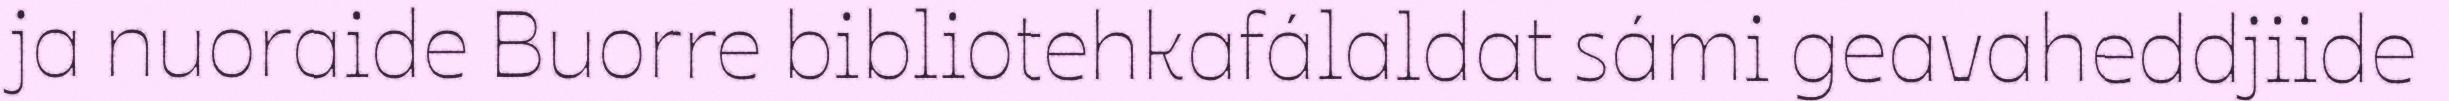
ja nuoraide Buorre bibliotehkafálaldat sámi geavaheddjiide